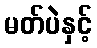
မတ်ပဲနှင့်